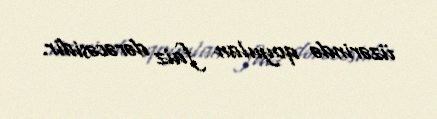
üzərində qoyulan faiz dərəcəsidir.